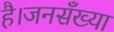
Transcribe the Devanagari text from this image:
है।जनसँख्या